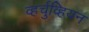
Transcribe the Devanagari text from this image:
व्हर्चुव्हियन